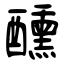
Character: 醺